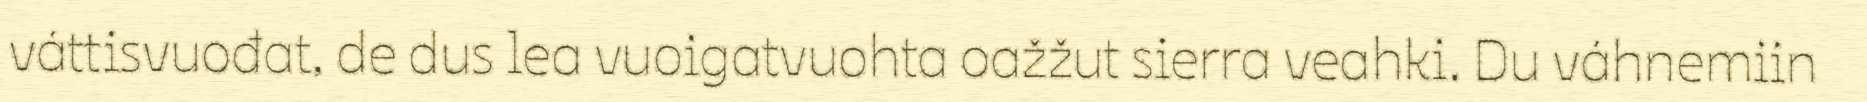
váttisvuođat, de dus lea vuoigatvuohta oažžut sierra veahki. Du váhnemiin